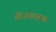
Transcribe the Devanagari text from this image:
वीजवाहक